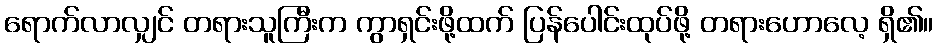
ရောက်လာလျှင် တရားသူကြီးက ကွာရှင်းဖို့ထက် ပြန်ပေါင်းထုပ်ဖို့ တရားဟောလေ့ ရှိ၏။